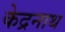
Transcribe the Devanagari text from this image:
केद्रनाथ